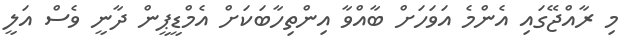
މި ރާއްޖޭގައި އެންމެ އަވަހަށް ބާއްވާ އިންތިހާބަކަށް އެމްޑީޕީން ދާނީ ވެސް އަލީ